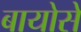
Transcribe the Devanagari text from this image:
बायोसे